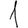
Digit: 1